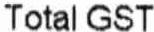
TOTAL GST